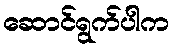
ဆောင်ရွက်ပါက